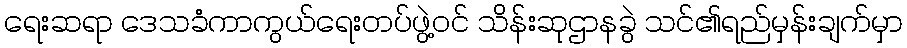
ရေးဆရာ ဒေသခံကာကွယ်ရေးတပ်ဖွဲ့ဝင် သိန်းဆုဌာနခွဲ သင်၏ရည်မှန်းချက်မှာ